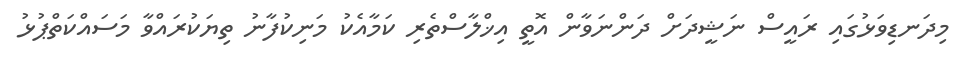
މިދަނޑިވަޅުގައި ރައީސް ނަޝީދަށް ދަންނަވާން އޮތީ އިޚްލާސްތެރި ކަމާއެކު މަނިކުފާނު ތިޔަކުރައްވާ މަސައްކަތްޕުޅު